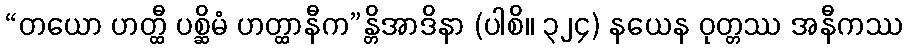
“တယော ဟတ္ထီ ပစ္ဆိမံ ဟတ္ထာနီက”န္တိအာဒိနာ (ပါစိ။ ၃၂၄) နယေန ဝုတ္တဿ အနီကဿ